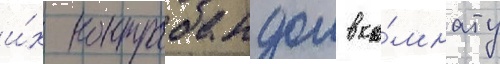
и́х контрабандои в ко́мнату